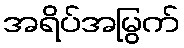
အရိပ်အမြွက်